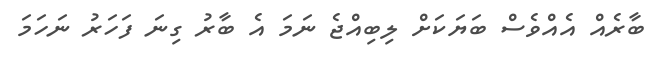
ބާރެއް އެއްވެސް ބަޔަކަށް ލިބިއްޖެ ނަމަ އެ ބާރު ގިނަ ފަހަރު ނަހަމަ